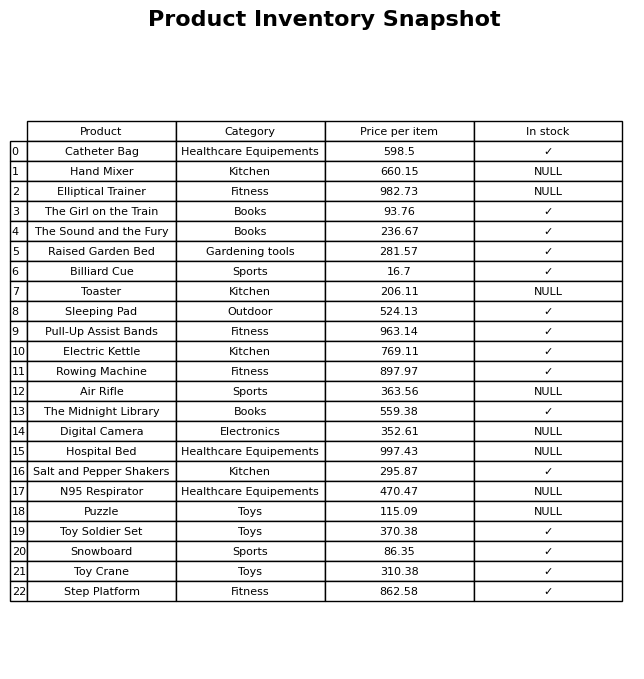
question: What is the price for Toy Soldier Set?
answer: The price of Toy Soldier Set is 370.38.